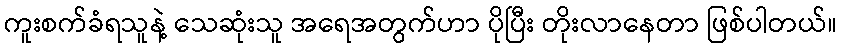
ကူးစက်ခံရသူနဲ့ သေဆုံးသူ အရေအတွက်ဟာ ပိုပြီး တိုးလာနေတာ ဖြစ်ပါတယ်။